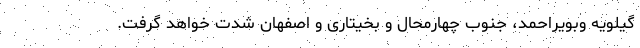
گیلویه وبویراحمد، جنوب چهارمحال و بخیتاری و اصفهان شدت خواهد گرفت.